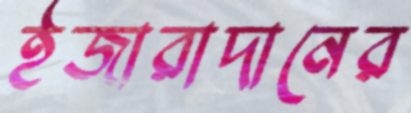
ইজারাদানের